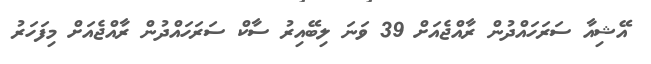
އޭޝިއާ ސަރަހައްދުން ރާއްޖެއަށް 39 ވަނަ ލިބޭއިރު ސާކް ސަރަހައްދުން ރާއްޖެއަށް މިފަހަރު